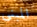
المبنى